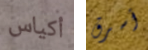
أكياس أسرق